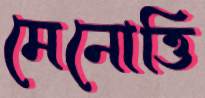
মেনোত্তি